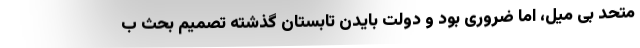
متحد بی میل، اما ضروری بود و دولت بایدن تابستان گذشته تصمیم بحث ب